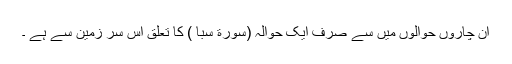
ان چاروں حوالوں میں سے صرف ایک حوالہ (سورة سبا ) کا تعلق اس سر زمین سے ہے ۔